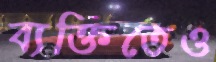
ব্যক্তিতেও